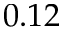
0 . 1 2